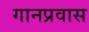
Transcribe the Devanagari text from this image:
गानप्रवास